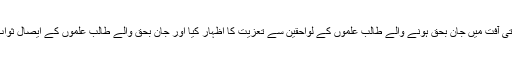
گورنر گلگت بلتستان نے اس قدرتی آفت میں جان بحق ہونے والے طالب علموں کے لواحقین سے تعزیت کا اظہار کیا اور جان بحق والے طالب علموں کے ایصال ثواب کے لیئے فاتح خوانی بھی کی ۔